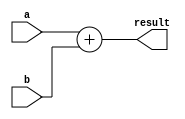
`timescale 1ns / 1ps
//////////////////////////////////////////////////////////////////////////////////
// Company: 
// Engineer: 
// 
// Design Name: 
// Module Name: add
// Project Name: 
// Target Devices: 
// Tool Versions: 
// Description: 
// 
// Dependencies: 
// 
// Revision:
// Revision 0.01 - File Created
// Additional Comments:
// 
//////////////////////////////////////////////////////////////////////////////////


module add(
    input [31:0] a,
    input [31:0] b,
    output [31:0] result
    );
    assign result = a + b;
endmodule